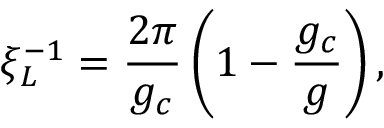
\xi _ { L } ^ { - 1 } = { \frac { 2 \pi } { g _ { c } } } \left( 1 - { \frac { g _ { c } } { g } } \right) ,